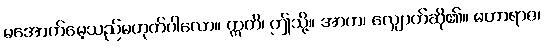
မအောက်မေ့သည်မဟုတ်ပါလော။ ဣတိ၊ ဤသို့။ အာဟ၊ လျှောက်ဆို၏။ မဟာရာဇ၊